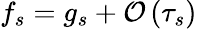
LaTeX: f_{s}=g_{s}+\mathcal{O}\left(\tau_{s}\right)